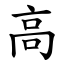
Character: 高